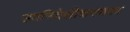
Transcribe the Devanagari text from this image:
उपनिवेशीकरणका